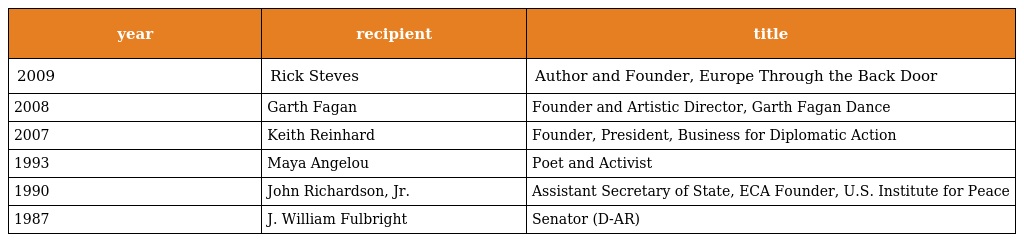
| year | recipient | title |
 | --- | --- | --- |
 | 2009 | Rick Steves | Author and Founder, Europe Through the Back Door |
 | 2008 | Garth Fagan | Founder and Artistic Director, Garth Fagan Dance |
 | 2007 | Keith Reinhard | Founder, President, Business for Diplomatic Action |
 | 1993 | Maya Angelou | Poet and Activist |
 | 1990 | John Richardson, Jr. | Assistant Secretary of State, ECA Founder, U.S. Institute for Peace |
 | 1987 | J. William Fulbright | Senator (D-AR) |